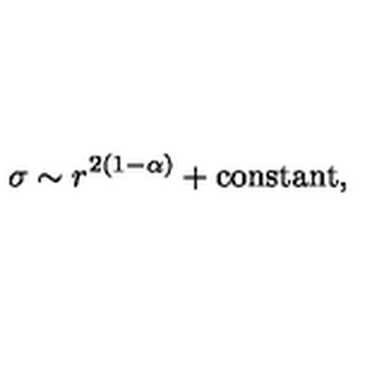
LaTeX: \sigma \sim r ^ { 2 ( 1 - \alpha ) } + \mathrm { c o n s t a n t } ,